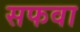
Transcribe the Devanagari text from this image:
सफवा